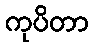
ကုပိတာ